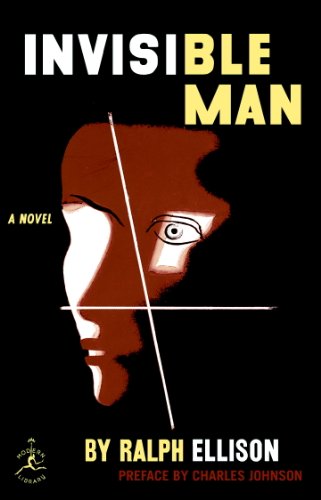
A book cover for Invisible Man (Modern Library 100 Best Novels); Literature & Fiction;